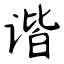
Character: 谐